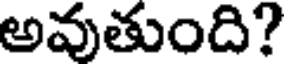
అవుతుంది?